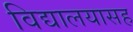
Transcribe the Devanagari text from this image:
विद्यालयासह